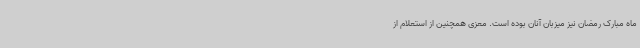
ماه مبارک رمضان نیز میزبان آنان بوده است. معزی همچنین از استعلام از